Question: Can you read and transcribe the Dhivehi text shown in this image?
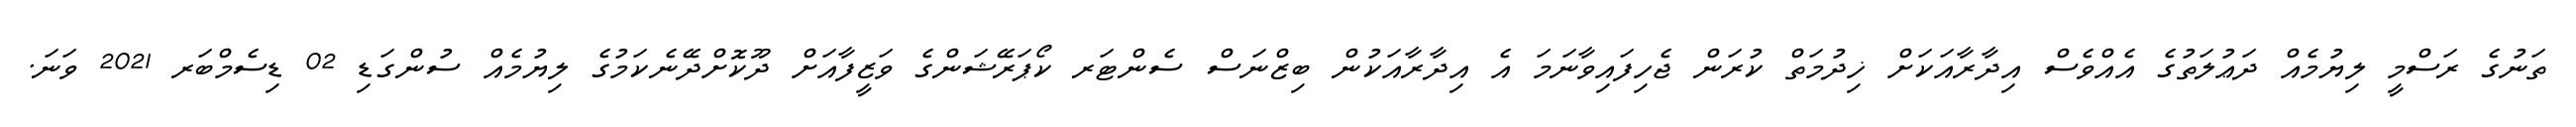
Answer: ތަނުގެ ރަސްމީ ލިޔުމެއް ދަޢުލަތުގެ އެއްވެސް އިދާރާއަކަށް ޚިދުމަތް ކުރަން ޖެހިފައިވާނަމަ އެ އިދާރާއަކުން ބިޒްނަސް ސެންޓަރ ކޯޕަރޭޝަންގެ ވަޒީފާއަށް ދޫކޮށްދޭނެކަމުގެ ލިޔުމެއް ސުންގަޑި 02 ޑިސެމްބަރ 2021 ވަނަ.